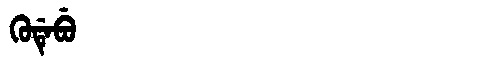
Manchu: ᡴᡠᡩᡝᠪᡠ
Romanization: KUDEBU